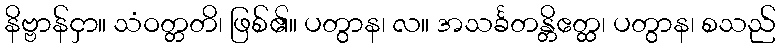
နိဗ္ဗာန်ငှာ။ သံဝတ္တတိ၊ ဖြစ်၏။ ပတွာန၊ လ။ အသင်္ခတန္တိဧတ္ထ၊ ပတွာန၊ စသည်